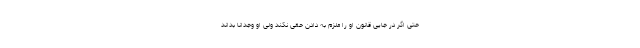
حتی اگر در جایی قانون او را ملزم به دادن حقی نکند ولی او وجداناً بداند